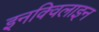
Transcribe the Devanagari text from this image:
इनक्विलाइन